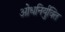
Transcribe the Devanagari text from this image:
ओधनिर्युक्ति